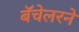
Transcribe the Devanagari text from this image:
बॅचेलरने